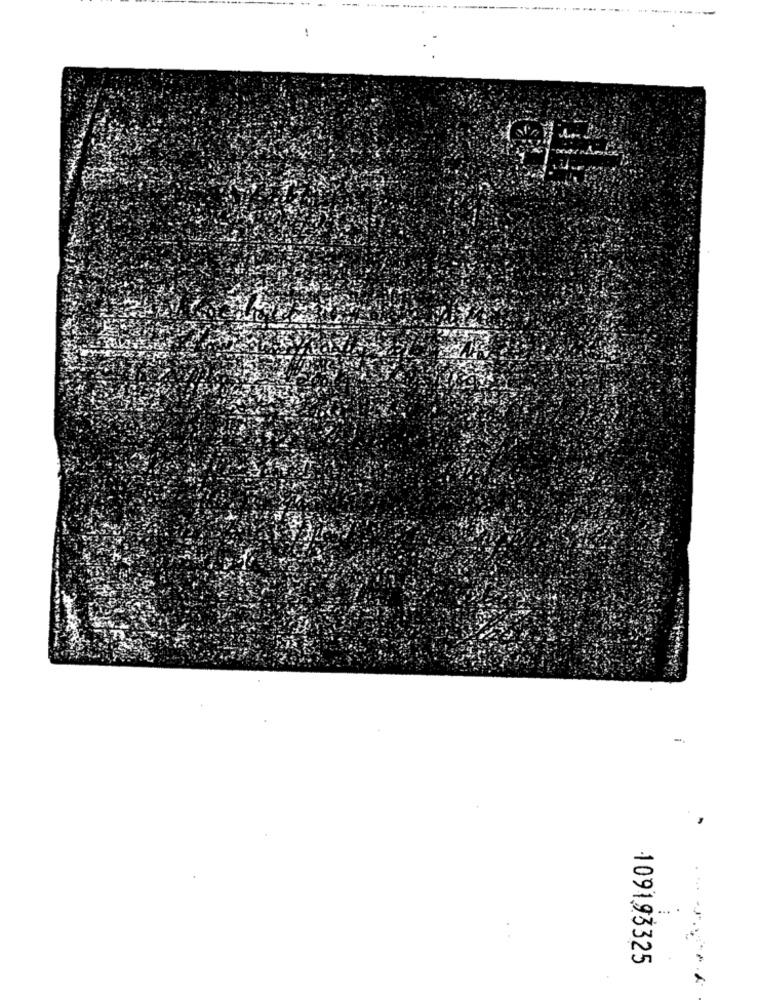
٠٠٠٠
109193325